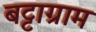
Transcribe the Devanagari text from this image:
बट्टाग्राम